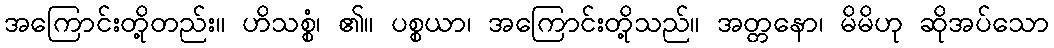
အကြောင်းတို့တည်း။ ဟိသစ္စံ၊ ၏။ ပစ္စယာ၊ အကြောင်းတို့သည်။ အတ္တနော၊ မိမိဟု ဆိုအပ်သော